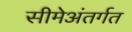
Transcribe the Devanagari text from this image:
सीमेअंतर्गत